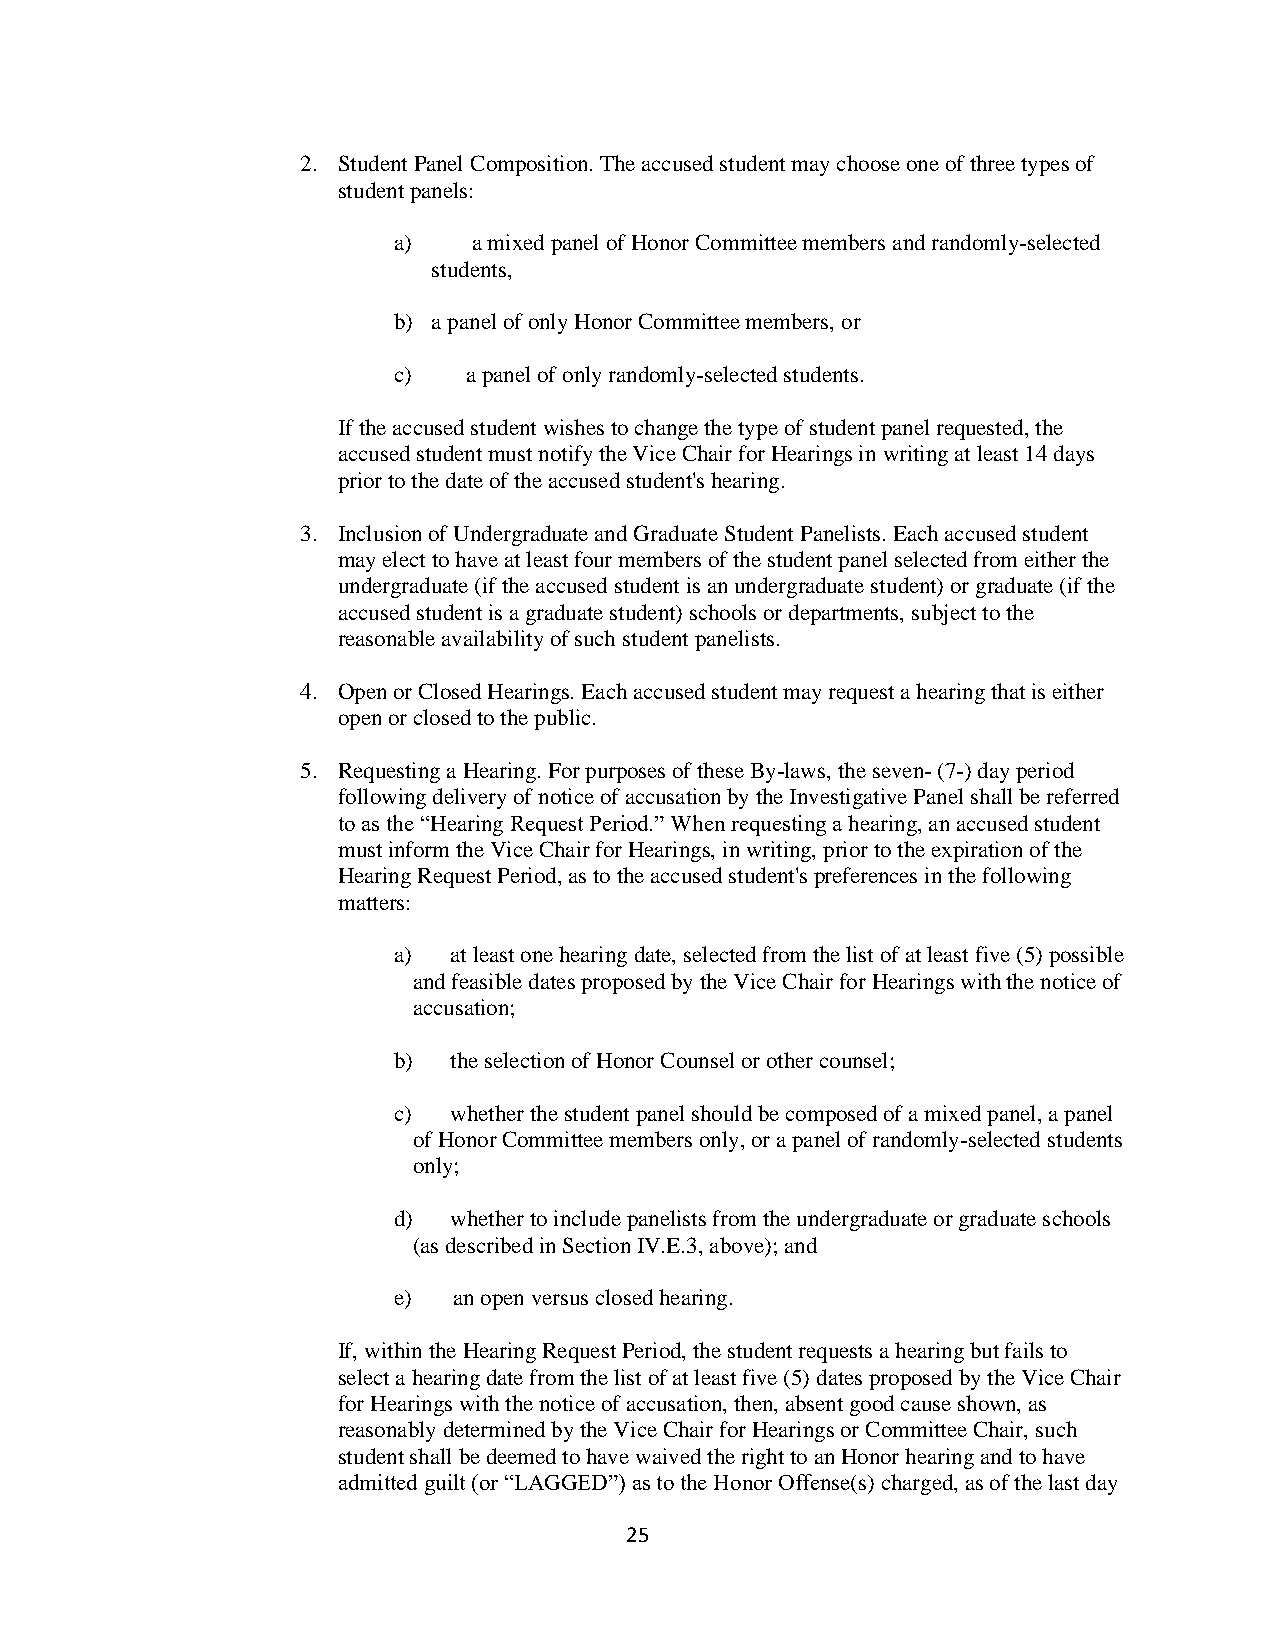
2. Student Panel Composition. The accused student may choose one of three types of
 student panels:
 a)   a mixed panel of Honor Committee members and randomly-selected
 students,
 b) a panel of only Honor Committee members, or
 c)   a panel of only randomly-selected students.
 If the accused student wishes to change the type of student panel requested, the
 accused student must notify the Vice Chair for Hearings in writing at least 14 days
 prior to the date of the accused student's hearing.
 3. Inclusion of Undergraduate and Graduate Student Panelists. Each accused student
 may elect to have at least four members of the student panel selected from either the
 undergraduate (if the accused student is an undergraduate student) or graduate (if the
 accused student is a graduate student) schools or departments, subject to the
 reasonable availability of such student panelists.
 4. Open or Closed Hearings. Each accused student may request a hearing that is either
 open or closed to the public.
 5. Requesting a Hearing. For purposes of these By-laws, the seven- (7-) day period
 following delivery of notice of accusation by the Investigative Panel shall be referred
 to as the “Hearing Request Period.” When requesting a hearing, an accused student
 must inform the Vice Chair for Hearings, in writing, prior to the expiration of the
 Hearing Request Period, as to the accused student's preferences in the following
 matters:
 a)  at least one hearing date, selected from the list of at least five (5) possible
 and feasible dates proposed by the Vice Chair for Hearings with the notice of
 accusation;
 b)  the selection of Honor Counsel or other counsel;
 c)  whether the student panel should be composed of a mixed panel, a panel
 of Honor Committee members only, or a panel of randomly-selected students
 only;
 d)  whether to include panelists from the undergraduate or graduate schools
 (as described in Section IV.E.3, above); and
 e)  an open versus closed hearing.
 If, within the Hearing Request Period, the student requests a hearing but fails to
 select a hearing date from the list of at least five (5) dates proposed by the Vice Chair
 for Hearings with the notice of accusation, then, absent good cause shown, as
 reasonably determined by the Vice Chair for Hearings or Committee Chair, such
 student shall be deemed to have waived the right to an Honor hearing and to have
 admitted guilt (or “LAGGED”) as to the Honor Offense(s) charged, as of the last day
 25